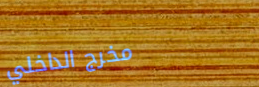
مخرج الداخلي